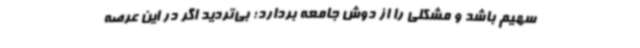
سهیم باشد و مشکلی را از دوش جامعه بردارد؛ بی‌تردید اگر در این عرصه